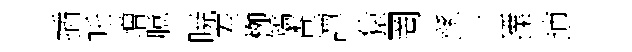
插吒增臆暁差栁矯查譚猿罔繇王擈逋